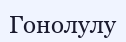
Гонолулу